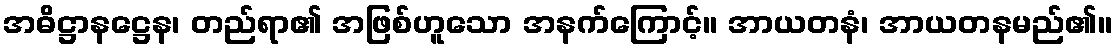
အဓိဋ္ဌာနဋ္ဌေန၊ တည်ရာ၏ အဖြစ်ဟူသော အနက်ကြောင့်။ အာယတနံ၊ အာယတနမည်၏။